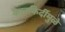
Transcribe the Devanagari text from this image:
कारकिर्दीमुळे